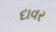
દાવર